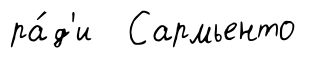
ра́д'и Сармьенто